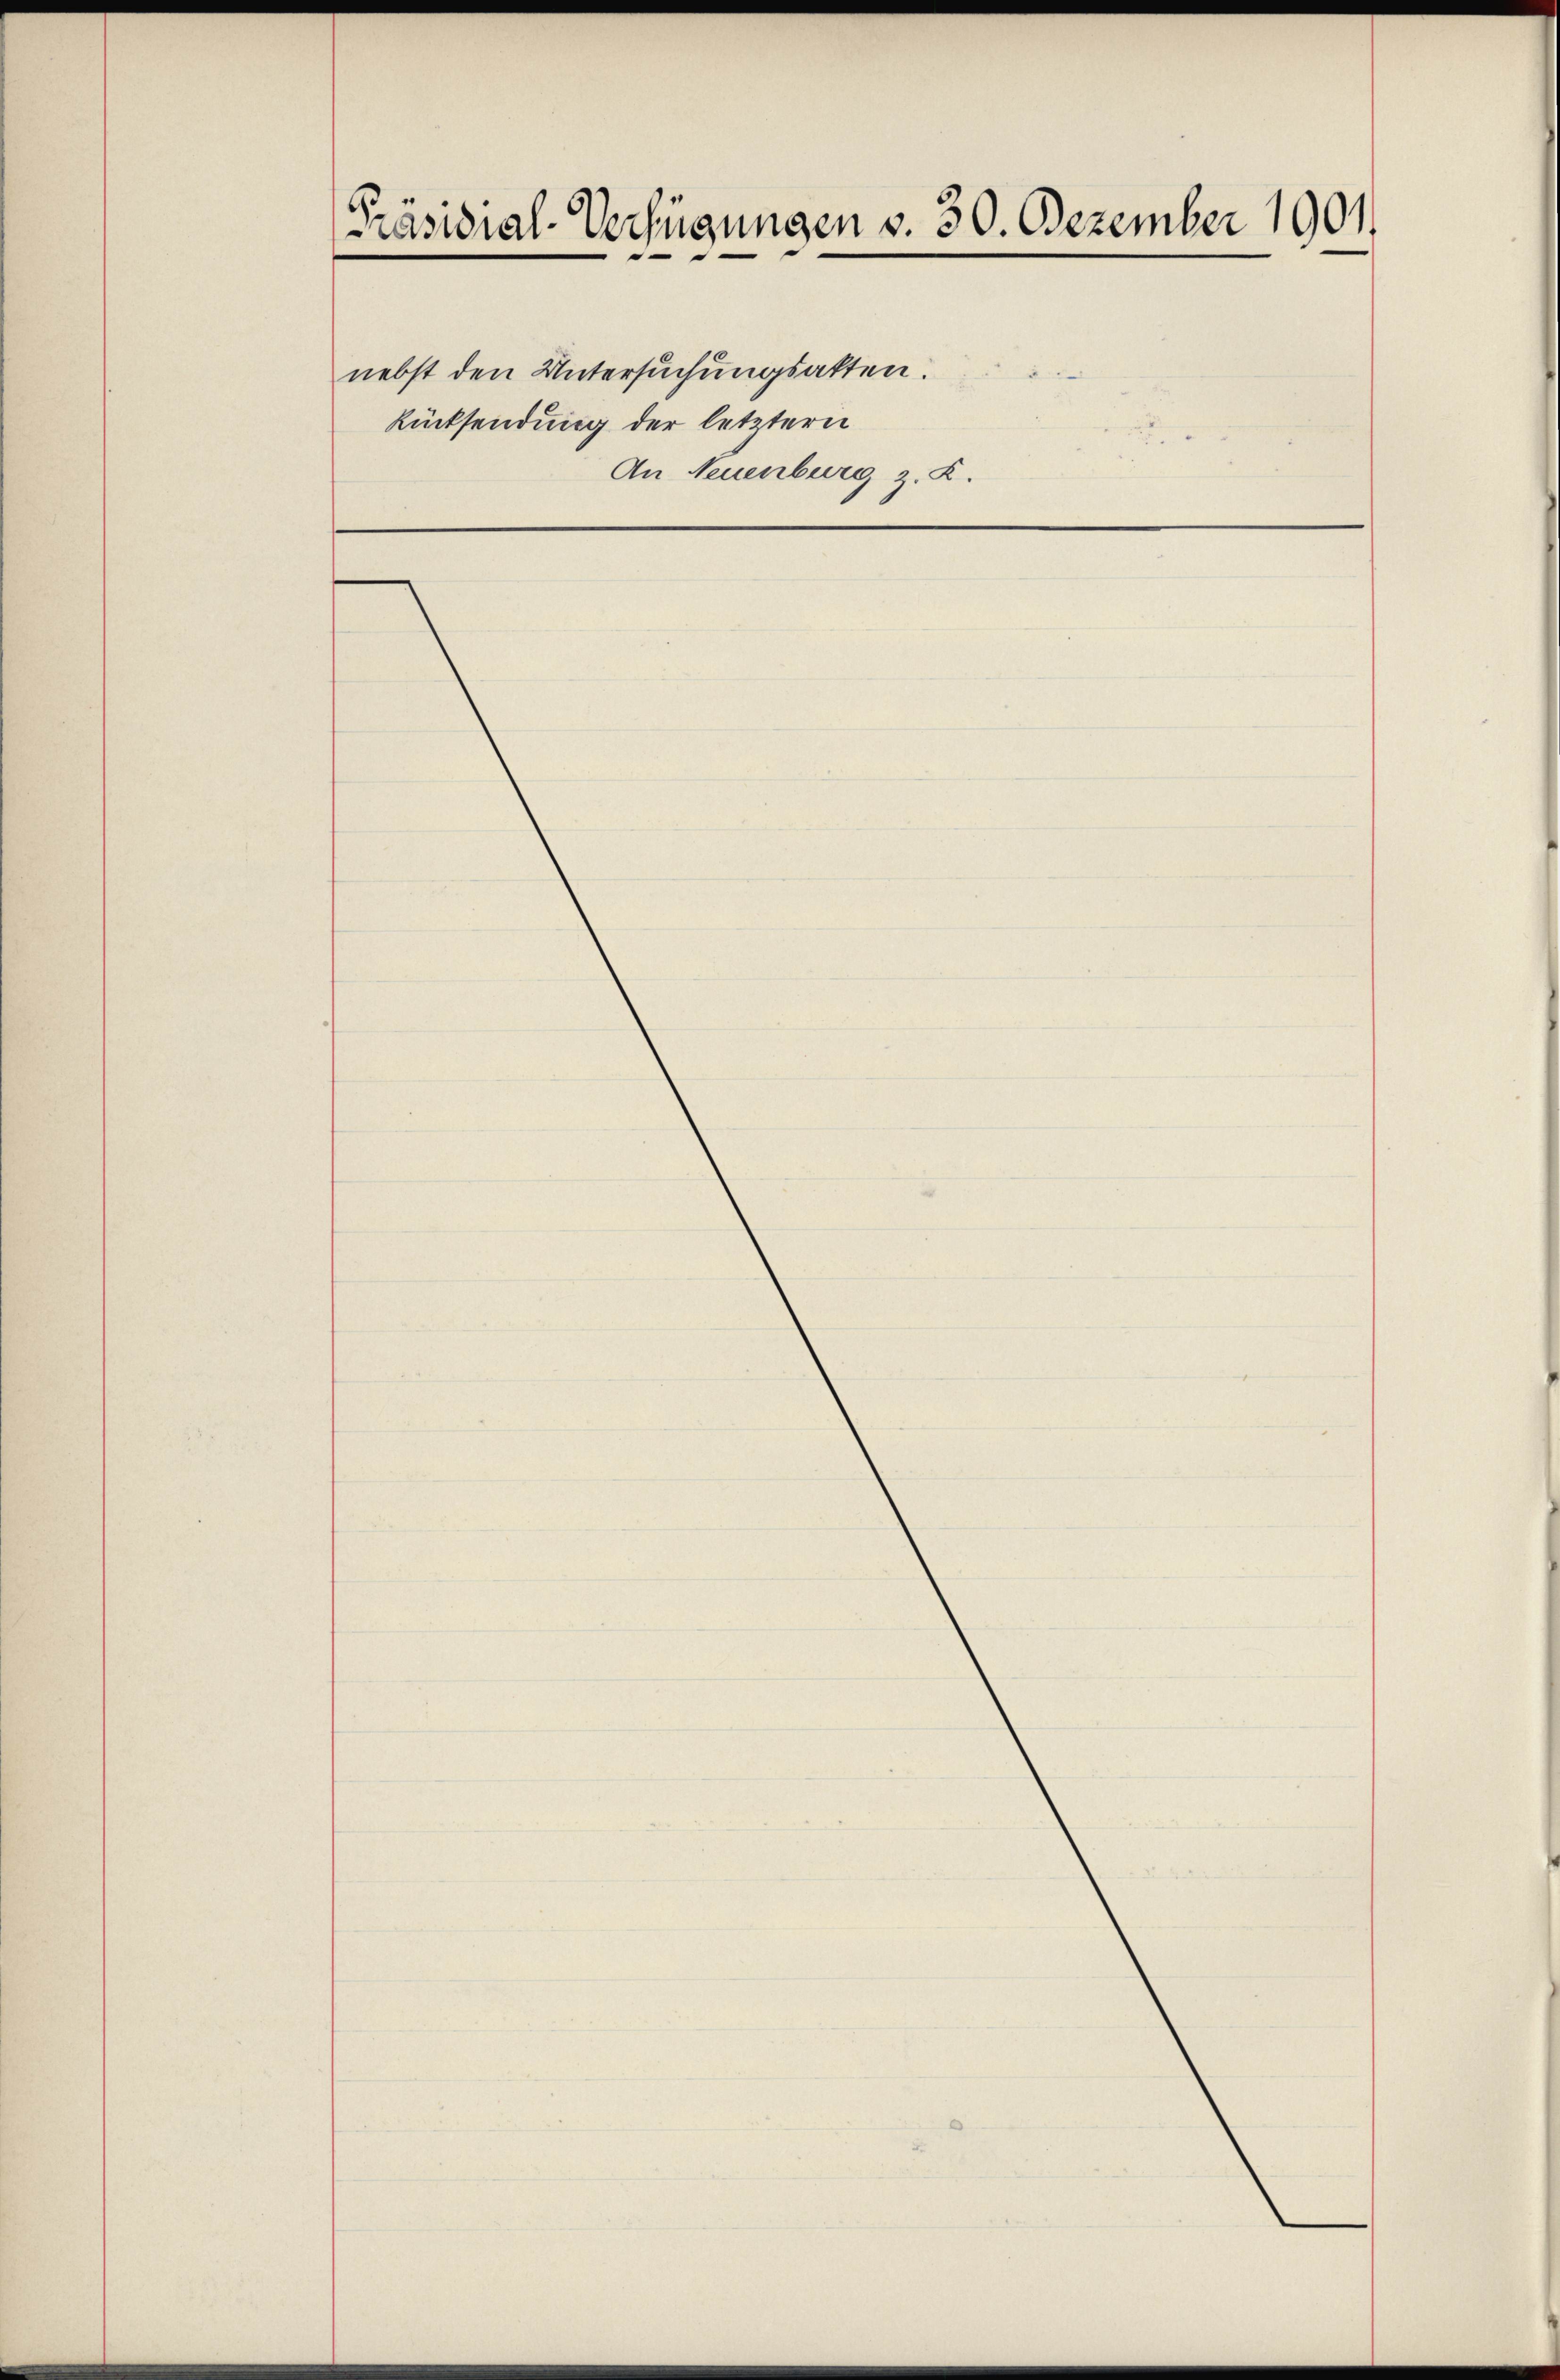
Präsidial-Verfügungen v. 30. Dezember 1901.

nebst den Untersuchungsatten.
Rücksendung der letztern

An Neuenburg z. B.